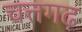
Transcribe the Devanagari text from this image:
चत्तगढ़